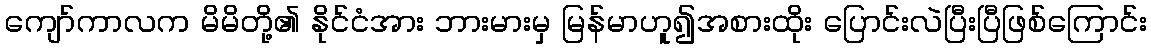
ကျော်ကာလက မိမိတို့၏ နိုင်ငံအား ဘားမားမှ မြန်မာဟူ၍အစားထိုး ပြောင်းလဲပြီးပြီဖြစ်ကြောင်း